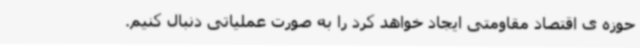
حوزه ی اقتصاد مقاومتی ایجاد خواهد کرد را به صورت عملیاتی دنبال کنیم.